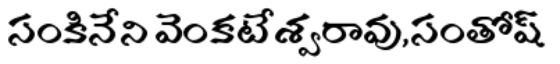
సంకినేని వెంకటేశ్వరావు,సంతోష్